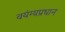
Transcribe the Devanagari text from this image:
वयंग्यप्रधान